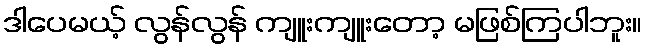
ဒါပေမယ့် လွန်လွန် ကျူးကျူးတော့ မဖြစ်ကြပါဘူး။